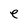
Character: e